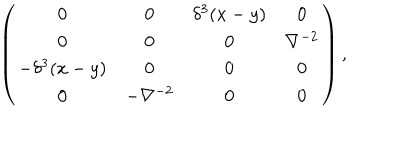
LaTeX: \left( \begin{array} { c c c c } { { 0 } } & { { 0 } } & { { \delta ^ { 3 } ( x - y ) } } & { { 0 } } \\ { { 0 } } & { { 0 } } & { { 0 } } & { { \nabla ^ { - 2 } } } \\ { { - \delta ^ { 3 } ( x - y ) } } & { { 0 } } & { { 0 } } & { { 0 } } \\ { { 0 } } & { { - \nabla ^ { - 2 } } } & { { 0 } } & { { 0 } } \\ \end{array} \right) ,